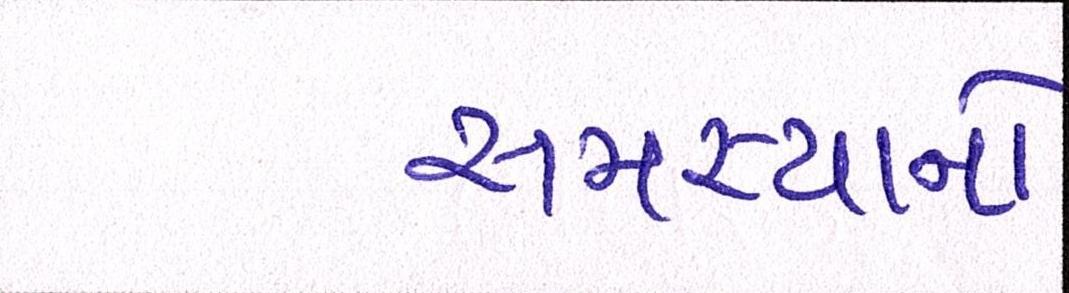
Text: સમસ્યાનો